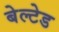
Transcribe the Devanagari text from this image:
बेल्टेड